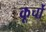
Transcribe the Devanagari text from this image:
कूर्चो